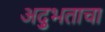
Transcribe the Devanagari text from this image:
अद्भुताचा